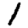
Digit: 1